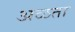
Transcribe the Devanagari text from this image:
अळता